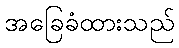
အခြေခံထားသည်